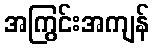
အကြွင်းအကျန်